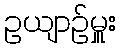
ဥယျာဉ်မှူး